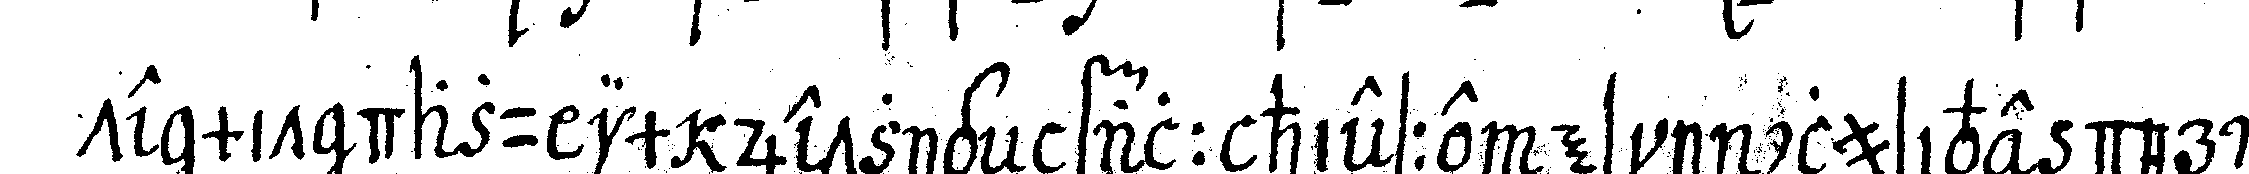
te mit dazu im jetzigeN fall hiesse es inclusive der